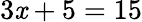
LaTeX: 3\mathit{x}+5=15